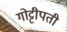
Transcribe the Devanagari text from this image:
गोट्टीपती